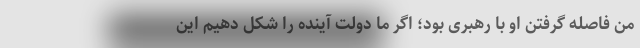
من فاصله گرفتن او با رهبری بود؛ اگر ما دولت آینده را شکل دهیم این